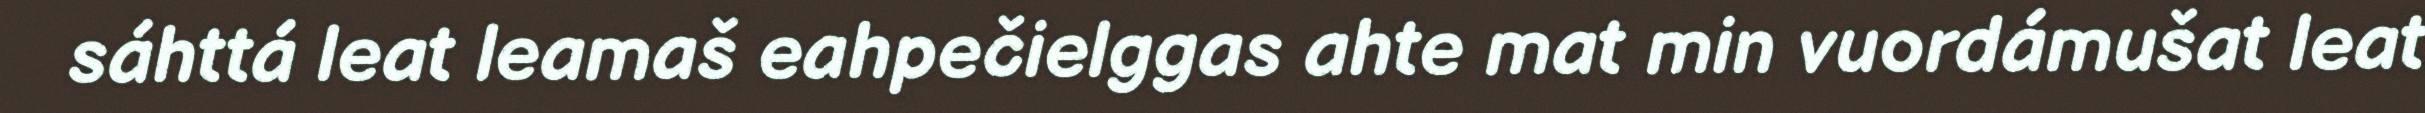
sáhttá leat leamaš eahpečielggas ahte mat min vuordámušat leat